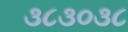
૩૮૩૦૩૮